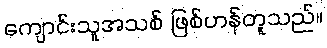
ကျောင်းသူအသစ် ဖြစ်ဟန်တူသည်။